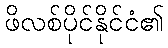
ဖိလစ်ပိုင်နိုင်ငံ၏